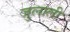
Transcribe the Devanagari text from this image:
जुलाली